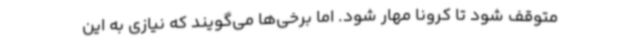
متوقف شود تا کرونا مهار شود. اما برخی‌ها می‌گویند که نیازی به این